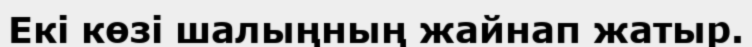
Екі көзі шалыңның жайнап жатыр.